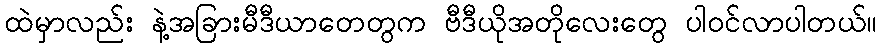
ထဲမှာလည်း နဲ့အခြားမီဒီယာတေတွက ဗီဒီယိုအတိုလေးတွေ ပါဝင်လာပါတယ်။